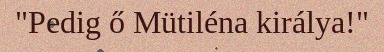
"Pedig ő Mütiléna királya!"